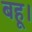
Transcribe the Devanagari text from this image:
बहू।